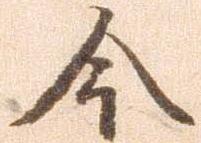
今